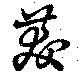
茇